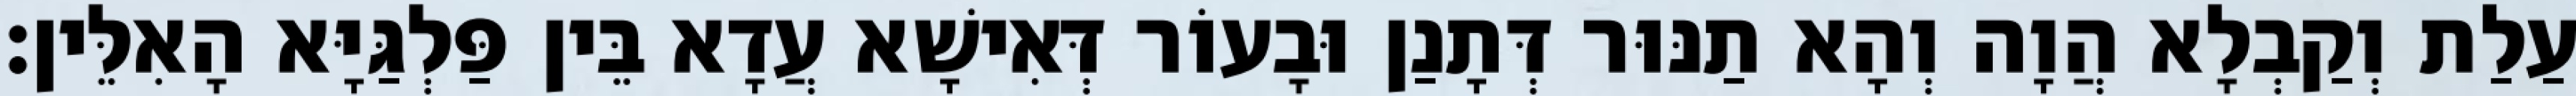
עַלַת וְקַבְלָא הֲוָה וְהָא תַנּוּר דְּתָנַן וּבָעוֹר דְּאִישָׁא עֲדָא בֵּין פַּלְגַּיָּא הָאִלֵּין׃